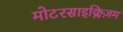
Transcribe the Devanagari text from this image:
मोटरसाइक्लिज़म